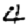
Digit: 4